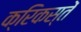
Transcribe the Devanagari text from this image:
क्रिकस्तें